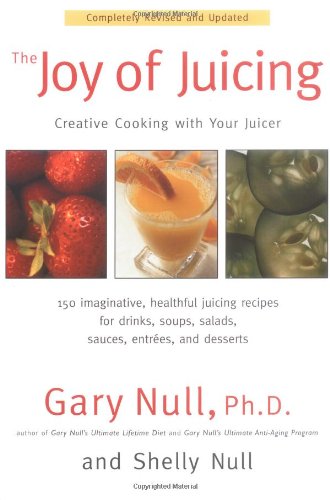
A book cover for The Joy of Juicing: Creative Cooking With Your Juicer; Completely Revised and Updated; Ph.D. Gary Null; Cookbooks, Food & Wine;